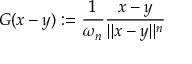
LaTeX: G ( x - y ) : = { \frac { 1 } { \omega _ { n } } } { \frac { x - y } { \| x - y \| ^ { n } } }